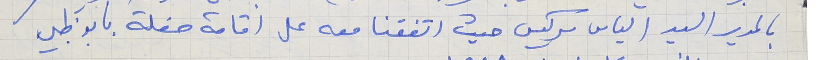
بالمدير السيد الياس سركيس حيث اتفقنا معه على اقامة حفلة بابو ظبي